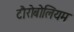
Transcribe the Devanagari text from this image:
टौरोबोलियम